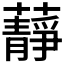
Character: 𧂮